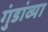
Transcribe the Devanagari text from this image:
गुंडांव्या